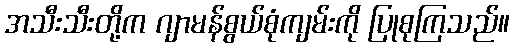
အသီးသီးတို့က ဂျာမန်စွယ်စုံကျမ်းကို ပြုစုကြသည်။